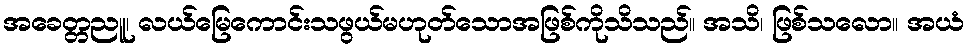
အခေတ္တညူ၊ လယ်မြေကောင်းသဖွယ်မဟုတ်သောအဖြစ်ကိုသိသည်။ အသိ၊ ဖြစ်သလော။ အယံ